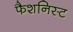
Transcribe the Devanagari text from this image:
फैशनिस्ट